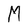
Character: M